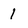
Character: 1